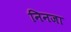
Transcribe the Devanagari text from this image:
निनजा